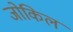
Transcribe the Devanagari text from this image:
जोकिल